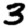
Digit: 3